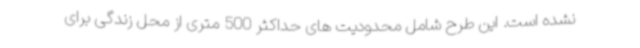
نشده است. این طرح شامل محدودیت های حداکثر 500 متری از محل زندگی برای